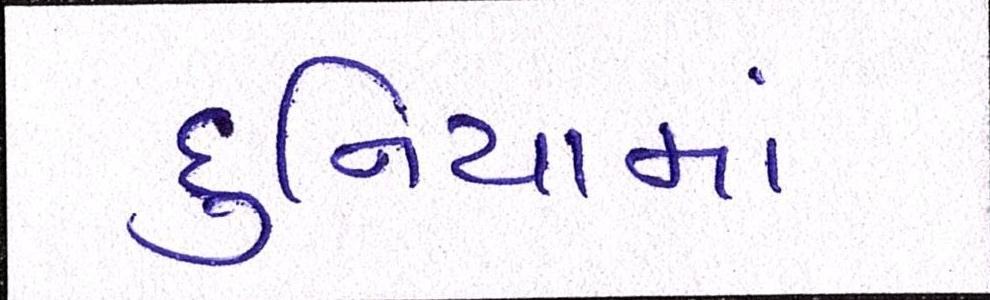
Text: દુનિયામાં